Report on malaria in the Punjab during the year ...  together with an account of the work of the Punjab Malaria Bureau - Volume 1
Disease focus: Malaria
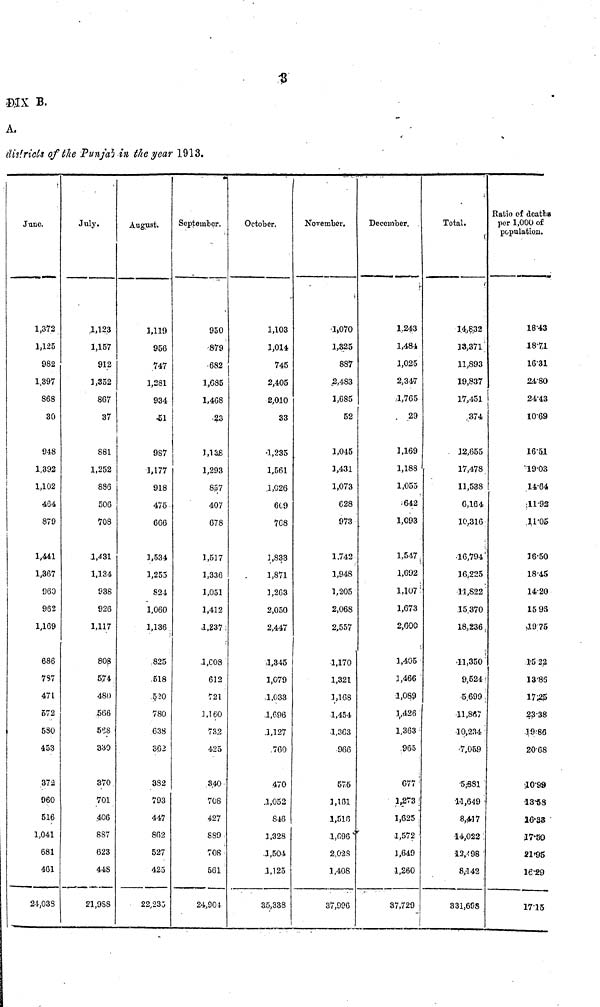
DIX B.
à.
disiricts of
June.
1,372
1,125
982
1,397
868
30
948
1,392
1,102
464
879
1,441
1,367
960
962
1,169
686
787
471
572
580
453
372
960
516
1,041
681
461
24,038
the Punjab
July.
1,123
1,157
912
1,352
867
37
881
1,252
886
506
708
1,431
1,134
938
926
1,117
808
5,74
480
566
568
330
370
701
406
887
623
448
21.988
in the year
August.
1,119
956
747
1,281
934
51
987
1,177
918
475.
666
1,534
1,255
524
1,060
1,136 .
825
.518
520
780
638
362
382
793
447
862
527
425
22,235
1913.
September.
950
•879
682
1,685
1,468
23
3,138
1,293
8.57
407
678
1,517
1,336
1,051
1,412
,1,237 :
l,C08
612
721
1,160
732
425
3.40
70S
427
889
708
561
24,90.1
October.
1,103
1,014
745
2,405
2,010
33
•1,235
1,561
1,026
6C9
768
3,833
1,871
3,203
2,050
2,447
,1,345
1,079
1,033
1,096
.1,127
760
470
.1,052
846
1,328
1,504
1,125
35,338
November.
1,070
1,325
887
2,483
1,685
52
1,045
1,431
1,073
628
973
1,742
1,948
1,205
2,068
2,557
1,170
1,321
3,108
1,454
1,363
966
575
1,161
1,516
1,096
2,02a
1,408
37,996
December.
1.243
1,484
1,025
2,347
1,765
. 29
1,169
1,188
1,055
¡642
1,093
1,547
1,692
1,107 :
1,673
2,600
1,405
3,466
1,089
1,426
1,363
965
677
1,273
1,625
1,572
3,649
1,260
37,729
Total.
14,8.32
33,371
11,893
19,837
17,451
.374
12,655
17,478
11,538
0,164
10,316
16,794
16,225
11,822
15.370
18,236
11,350
9,524
-5.699
•11,867
10,234
7,059
5,881
11.649
8,417
14,022 .
•12/98
8,142
331,698
Ratio of deatha
per 1,000 of
population.
18.43
1871
16.31
24.80
24.43
1069
165.1
19.03
14.64
11.92
11.05
16.50
18.45
14.20
15.96
19.75
15.22
13.85
1725
23.38
19.86
20.68
10.99
13.58
16.93
17.50
21.95
16.29
1715